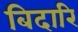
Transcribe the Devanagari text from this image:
बिदारि